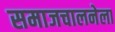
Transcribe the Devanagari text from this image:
समाजचालनेला